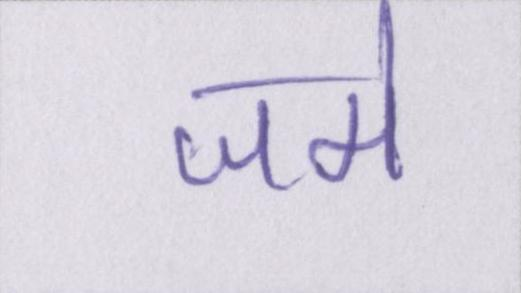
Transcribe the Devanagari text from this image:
जमे